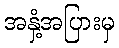
အနှံ့အပြားမှ